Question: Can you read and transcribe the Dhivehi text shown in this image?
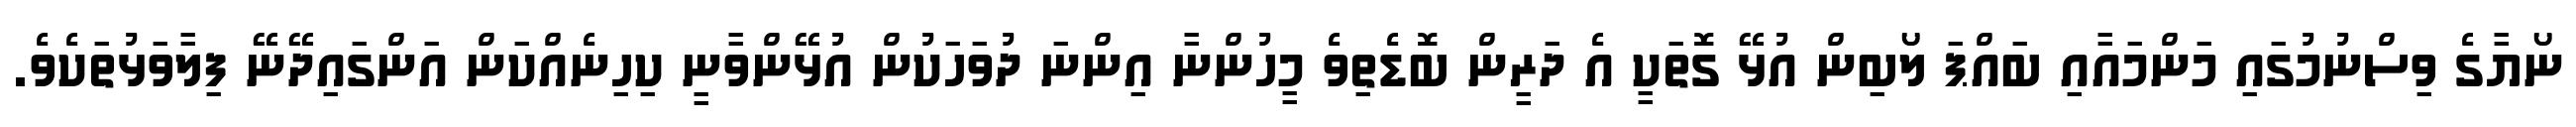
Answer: ނޯޔާގެ ވިސްނުމުގައި މަންމައާއި ބައްޕަ ލޯބިން އުޅޭ ގޮތަކީ އެ ދަރީން ބޮޑެތިވެ މީހުންނާ އިންނަ ދުވަހަކުން އުޅޭންވާނީ ކިހިނެއްކަން އަންގައިދޭނޭ ފިލާވަޅުތަކެވެ.